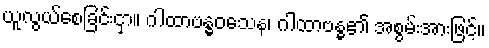
ယူလွယ်စေခြင်းငှာ။ ဂါထာဗန္ဓဝသေန၊ ဂါထာဗန္ဓ၏ အစွမ်းအားဖြင့်။